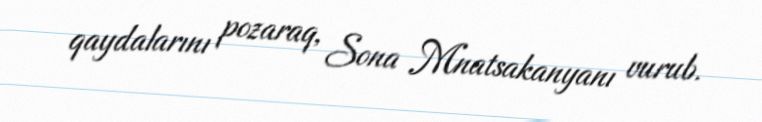
qaydalarını pozaraq, Sona Mnatsakanyanı vurub.